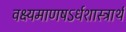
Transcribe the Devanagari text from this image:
वक्ष्यमाणषऽर्धशास्त्रार्थ